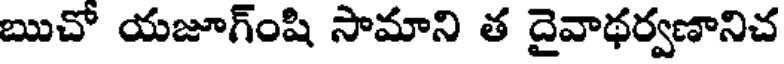
ఋచో యజూగ్ంషి సామాని త దైవాథర్వణానిచ